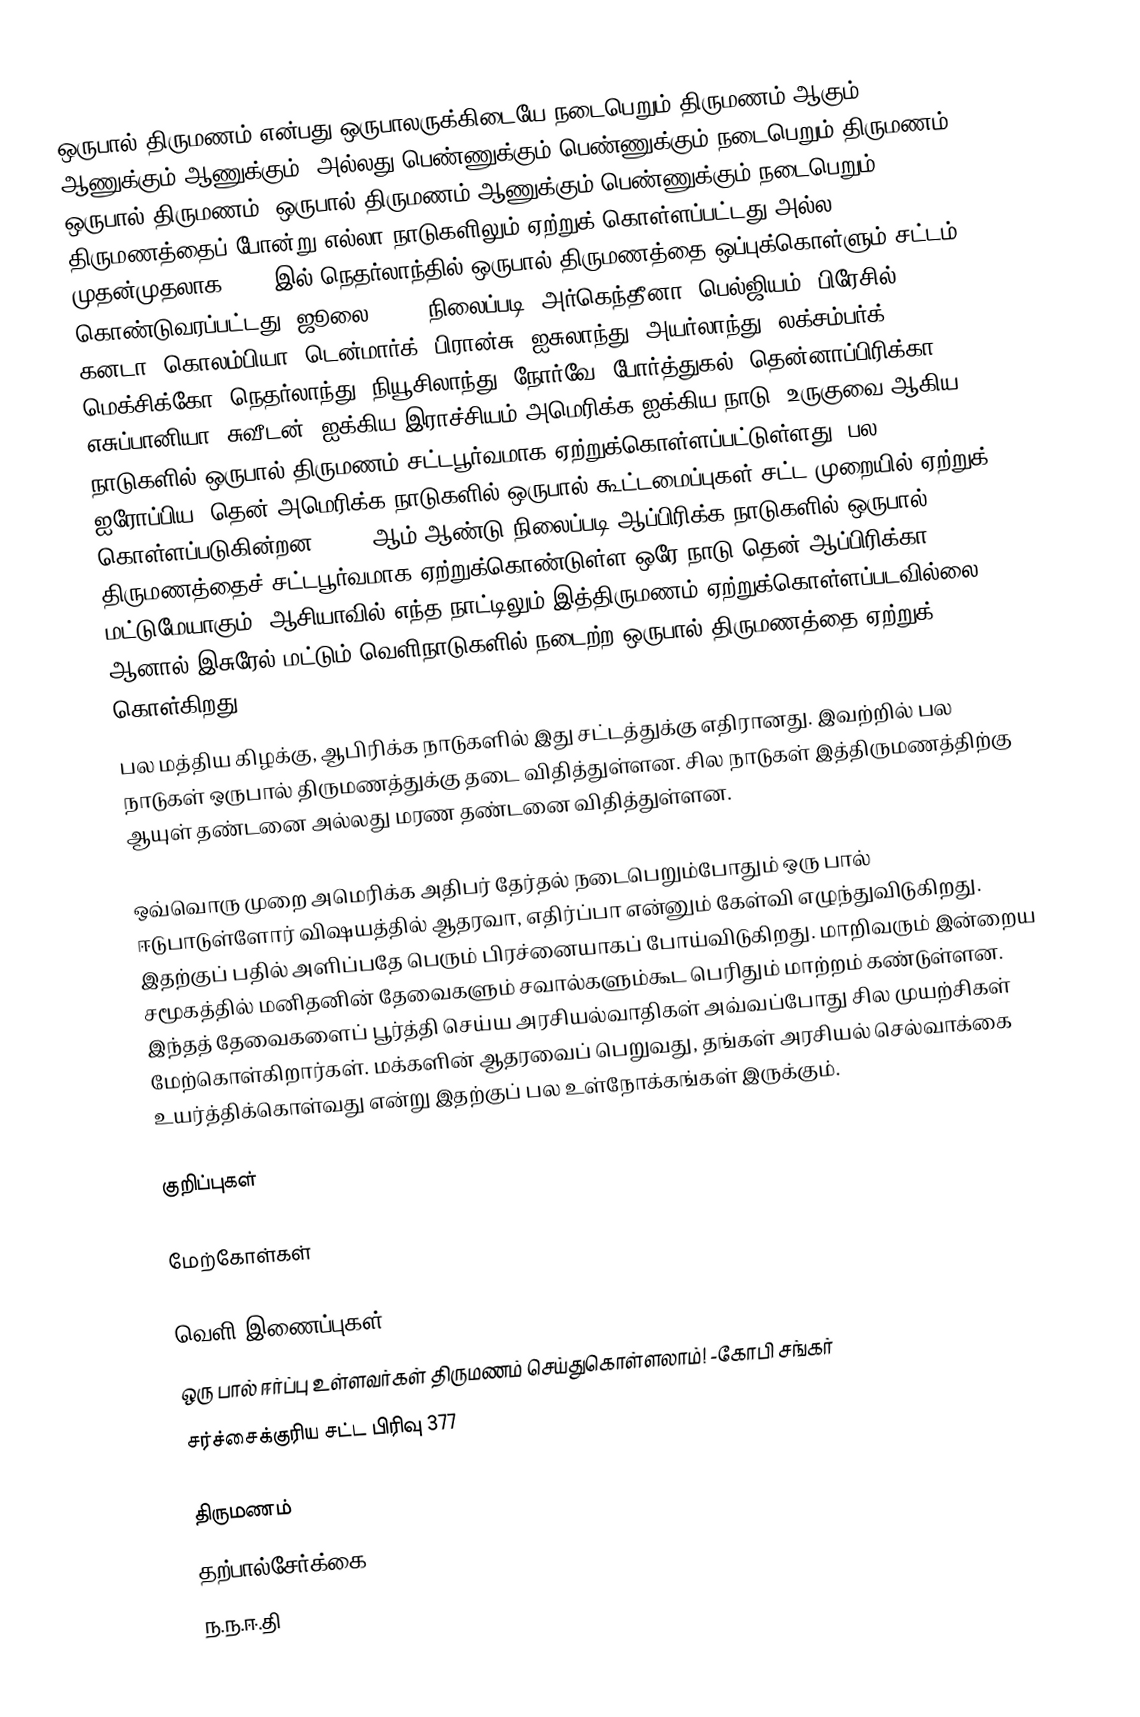
ஒருபால் திருமணம் என்பது ஒருபாலருக்கிடையே நடைபெறும் திருமணம் ஆகும்.  ஆணுக்கும் ஆணுக்கும், அல்லது பெண்ணுக்கும் பெண்ணுக்கும் நடைபெறும் திருமணம் ஒருபால் திருமணம்.  ஒருபால் திருமணம் ஆணுக்கும் பெண்ணுக்கும் நடைபெறும் திருமணத்தைப் போன்று எல்லா நாடுகளிலும் ஏற்றுக் கொள்ளப்பட்டது அல்ல. முதன்முதலாக 2001 இல் நெதர்லாந்தில் ஒருபால் திருமணத்தை ஒப்புக்கொள்ளும் சட்டம் கொண்டுவரப்பட்டது. ஜூலை, 2016 நிலைப்படி, அர்கெந்தீனா, பெல்ஜியம், பிரேசில், கனடா, கொலம்பியா, டென்மார்க், பிரான்சு, ஐசுலாந்து, அயர்லாந்து, லக்சம்பர்க், மெக்சிக்கோ, நெதர்லாந்து, நியூசிலாந்து, நோர்வே, போர்த்துகல், தென்னாப்பிரிக்கா, எசுப்பானியா, சுவீடன், ஐக்கிய இராச்சியம் அமெரிக்க ஐக்கிய நாடு, உருகுவை ஆகிய நாடுகளில் ஒருபால் திருமணம் சட்டபூர்வமாக ஏற்றுக்கொள்ளப்பட்டுள்ளது.  பல ஐரோப்பிய, தென் அமெரிக்க நாடுகளில் ஒருபால் கூட்டமைப்புகள் சட்ட முறையில் ஏற்றுக் கொள்ளப்படுகின்றன. 2016 ஆம் ஆண்டு நிலைப்படி ஆப்பிரிக்க நாடுகளில் ஒருபால் திருமணத்தைச் சட்டபூர்வமாக ஏற்றுக்கொண்டுள்ள ஒரே நாடு தென் ஆப்பிரிக்கா மட்டுமேயாகும். ஆசியாவில் எந்த நாட்டிலும் இத்திருமணம் ஏற்றுக்கொள்ளப்படவில்லை. ஆனால் இசுரேல் மட்டும் வெளிநாடுகளில் நடைற்ற ஒருபால் திருமணத்தை ஏற்றுக் கொள்கிறது.
பல மத்திய கிழக்கு, ஆபிரிக்க நாடுகளில் இது சட்டத்துக்கு எதிரானது. இவற்றில் பல நாடுகள் ஒருபால் திருமணத்துக்கு தடை விதித்துள்ளன. சில நாடுகள் இத்திருமணத்திற்கு ஆயுள் தண்டனை அல்லது மரண தண்டனை விதித்துள்ளன.

ஒவ்வொரு முறை அமெரிக்க அதிபர் தேர்தல் நடைபெறும்போதும் ஒரு பால் ஈடுபாடுள்ளோர் விஷயத்தில் ஆதரவா, எதிர்ப்பா என்னும் கேள்வி எழுந்துவிடுகிறது. இதற்குப் பதில் அளிப்பதே பெரும் பிரச்னையாகப் போய்விடுகிறது. மாறிவரும் இன்றைய சமூகத்தில் மனிதனின் தேவைகளும் சவால்களும்கூட பெரிதும் மாற்றம் கண்டுள்ளன. இந்தத் தேவைகளைப் பூர்த்தி செய்ய அரசியல்வாதிகள் அவ்வப்போது சில முயற்சிகள் மேற்கொள்கிறார்கள். மக்களின் ஆதரவைப் பெறுவது, தங்கள் அரசியல் செல்வாக்கை உயர்த்திக்கொள்வது என்று  இதற்குப் பல உள்நோக்கங்கள் இருக்கும்.

குறிப்புகள்

மேற்கோள்கள்

வெளி இணைப்புகள்
 ஒரு பால் ஈர்ப்பு உள்ளவர்கள் திருமணம் செய்துகொள்ளலாம்! -கோபி சங்கர்
 சர்ச்சைக்குரிய சட்ட பிரிவு 377

திருமணம்
தற்பால்சேர்க்கை
ந.ந.ஈ.தி